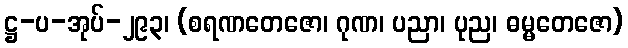
ဋ္ဌ-ပ-အုပ်-၂၉၃၊ (စရဏတေဇော၊ ဂုဏ၊ ပညာ၊ ပုည၊ ဓမ္မတေဇော)